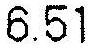
6.51